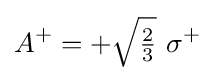
A^{+}=+{\sqrt {\tfrac {2}{3}}}\ \sigma ^{+}